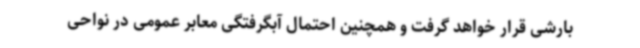
بارشی قرار خواهد گرفت و همچنین احتمال آبگرفتگی معابر عمومی در نواحی